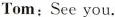
Tom:See you.